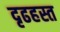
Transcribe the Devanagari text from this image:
दृढहस्त